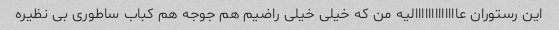
این رستوران عااااااااااااالیه من که خیلی خیلی راضیم هم جوجه هم کباب ساطوری بی نظیره